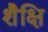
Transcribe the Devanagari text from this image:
शैक्षि